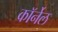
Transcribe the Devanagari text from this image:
काॅर्नेल